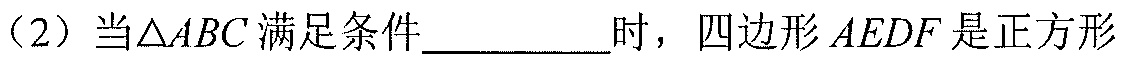
（2）当\(\triangle ABC\)满足条件________时，四边形\(AEDF\)是正方形